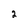
Character: 2